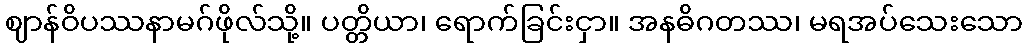
ဈာန်ဝိပဿနာမဂ်ဖိုလ်သို့။ ပတ္တိယာ၊ ရောက်ခြင်းငှာ။ အနဓိဂတဿ၊ မရအပ်သေးသော